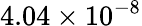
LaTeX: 4.04\times 10^{-8}